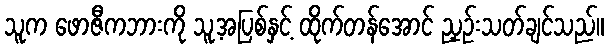
သူက ဖောဇီကဘားကို သူ့အပြစ်နှင့် ထိုက်တန်အောင် ညှဉ်းသတ်ချင်သည်။